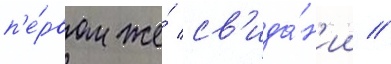
п'е́рвом же́ св'ида́н'ии //